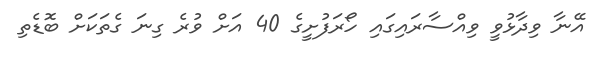
އޭނާ ވިދާޅުވީ ވިއްސާރައިގައި ހޯރަފުށީގެ 40 އަށް ވުރެ ގިނަ ގެތަކަށް ބޮޑެތި